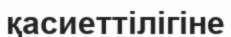
қасиеттілігіне